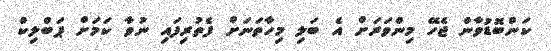
ކަންބޮޑުވާން ޖެހޭ މިންވަރަށް އެ ބަލި މިހާތަނަށް ފެތުރިފައި ނުވާ ކަމަށް ޕަބްލިކް